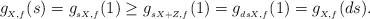
LaTeX: \begin{align*} g_{_{X,f}}(s)= g_{_{sX,f}}(1) \geq g_{_{sX+Z,f}}(1) = g_{_{dsX,f}}(1)=g_{_{X,f}}(ds).\end{align*}